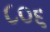
૮૦૬